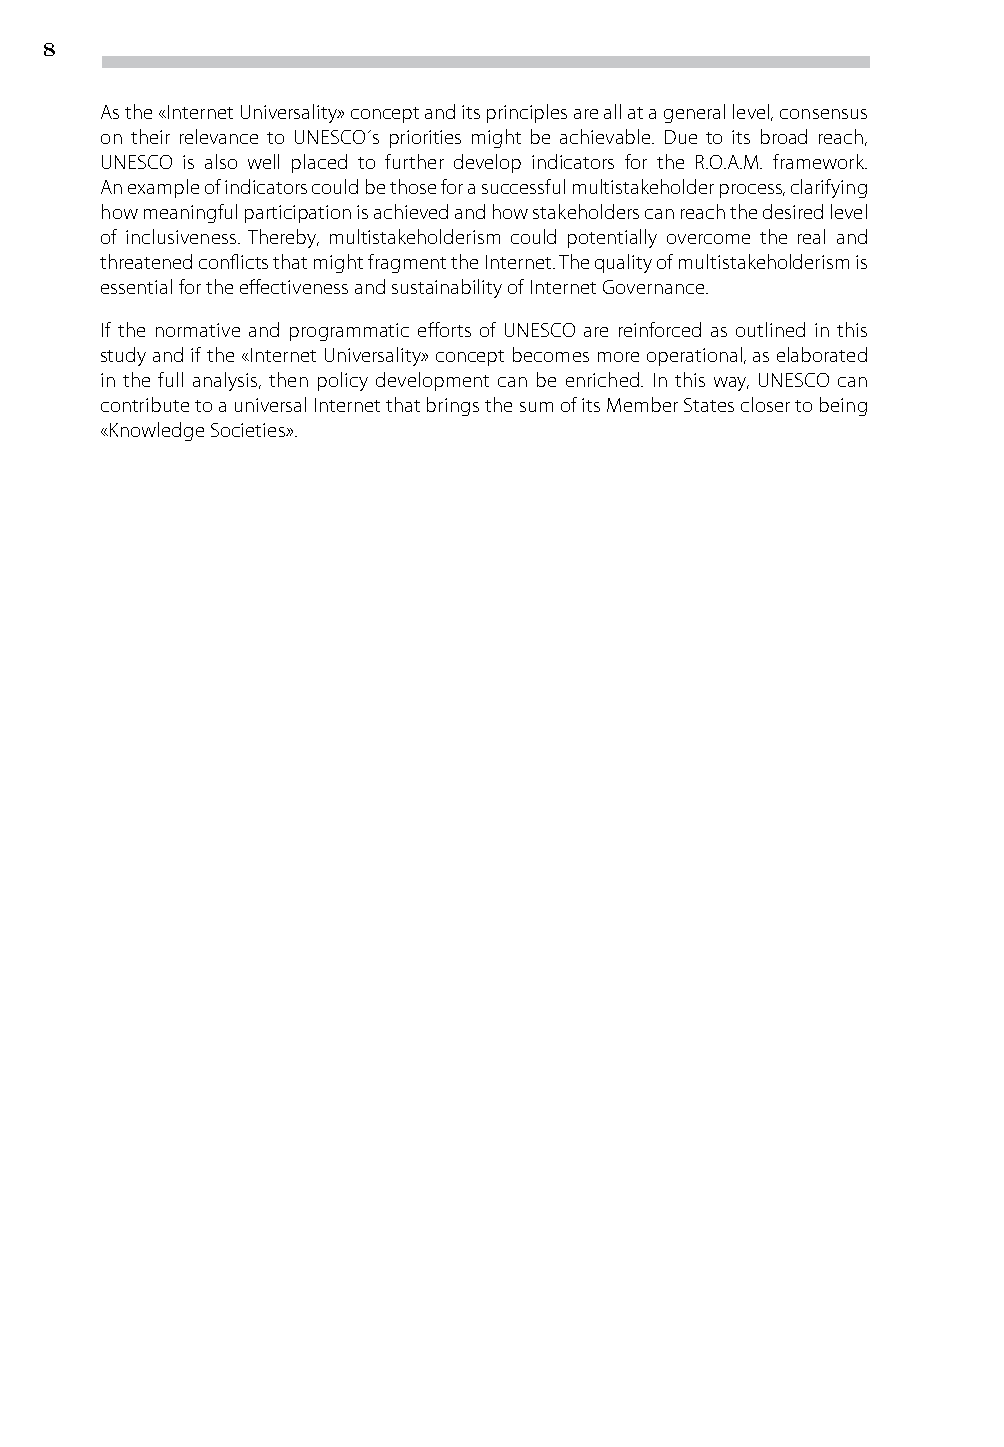
8
 As the «Internet Universality» concept and its principles are all at a general level, consensus
 on their relevance to UNESCO´s priorities might be achievable. Due to its broad reach,
 UNESCO is also well placed to further develop indicators for the R.O.A.M. framework.
 An example of indicators could be those for a successful multistakeholder process, clarifying
 how meaningful participation is achieved and how stakeholders can reach the desired level
 of inclusiveness. Thereby, multistakeholderism could potentially overcome the real and
 threatened conflicts that might fragment the Internet. The quality of multistakeholderism is
 essential for the effectiveness and sustainability of Internet Governance.
 If the normative and programmatic efforts of UNESCO are reinforced as outlined in this
 study and if the «Internet Universality» concept becomes more operational, as elaborated
 in the full analysis, then policy development can be enriched. In this way, UNESCO can
 contribute to a universal Internet that brings the sum of its Member States closer to being
 «Knowledge Societies».